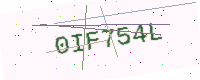
Text: 0IF754L